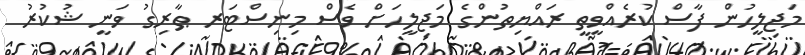
މަޖިލީހުން ފާސް ކުރެއްވީތީ ރައްޔިތުންގެ މަޖިލީހަށް ވެސް މިނިސްޓަރ ޠާރިގު ވަނީ ޝުކުރު